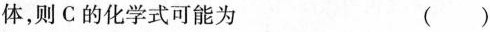
体，则C的化学式可能为 ()